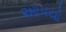
આપયો